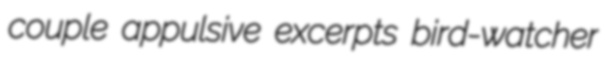
couple appulsive excerpts bird-watcher